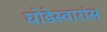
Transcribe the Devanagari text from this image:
घोडेस्वारांस